Newspaper: Wilmington journal. [volume]
Place of publication: Wilmington, N.C.
Publisher: Alfred L. Price and David Fulton
Date: 1870-06-10 00:00:00
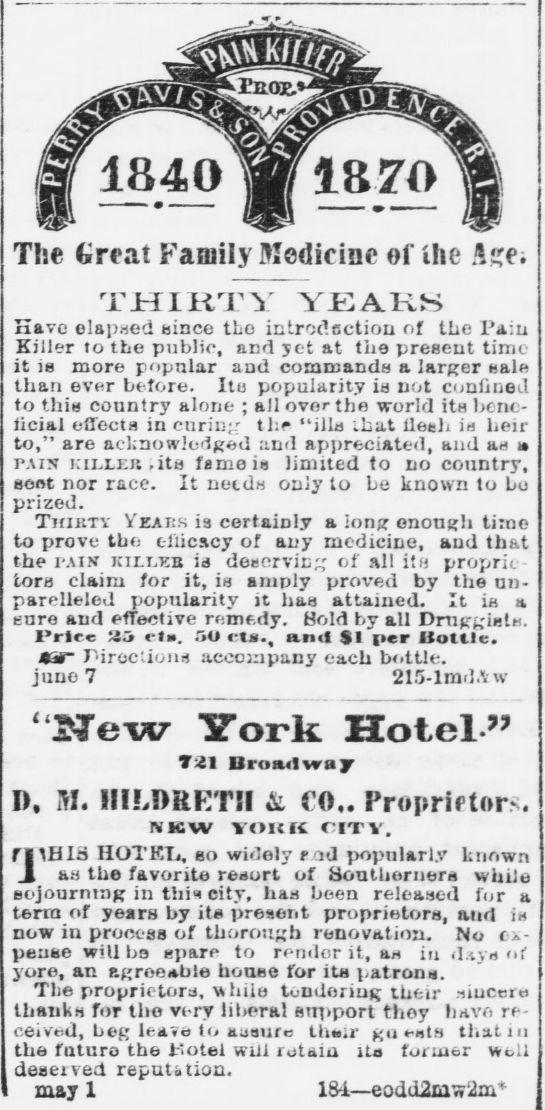
Advertisement text (OCR):
The Great Family Medicine of the Asei THIRTY YEARS Have elapsed since tie introdection of the Pain Killer to the public, and yet at the present time it is more popular and commands a larger sale than ever before. Its popularity is not confined to this country alone ; all over the world its bene ficial effecta in curing the "ills lhat flesh is heir to," are acknowledged and appreciated, aud as u T.uy KiLLEJtfita fame is limited to no country, sent nor race. It netds only to be known to bo prized. Tjiiktv Yeaks ia certainly a long enough time to prove the efficacy of any medicine, and that the r.uH killkb ia deserving of all its proprie tors claim for it, ia amply proved by the un parelleled popularity it has attained. It is a sure and effective remedy. Sold by all Druggists. 1'rlrc Jij U. 50 -t., a.nt $1 per Itottlc. 4t3f r-irections accompany each bottle. juno7 215-lmd.Vw "New 3Tork Hotel" T21 Uroaulwajr D. 51. HILDRETH & CO.. Proprietors. NKW YOKK OITV. riAHIS HOTEL, so widely f ad popularly known I as the favorite resort of Southerners while sojourning in thi city, has been released for a terra of years by its present proprietors, and is now in process of thorough renovation. No ex pense will ba spare to render it, as in d.tys of yore, an agreeable house for its patrons. The proprietors, whiie tendering their sincere thanks for tho very liberal support they have re ceived, beg lea e to ausure th;r gj -tf that in the future the 1'otel will retain its former Woil deserved reputation. may 1 18-i eodd2Lini2aa
Label: text-only